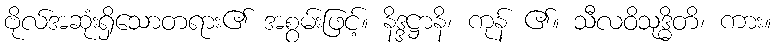
ဗိုလ်အဆုံးရှိသောတရား၏ အစွမ်းဖြင့်။ နိဒ္ဒဋ္ဌာနိ၊ ကုန် ၏။ သီလဝိသုဒ္ဓိတိ၊ ကား။